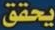
يحقق